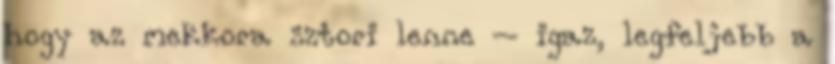
hogy az mekkora sztori lenne – igaz, legfeljebb a